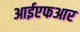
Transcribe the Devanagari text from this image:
आईएफआर